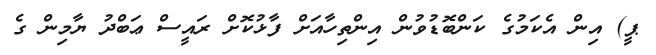
ޕީ) އިން އެކަމުގެ ކަންބޮޑުވުން އިންތިހާއަށް ފާޅުކޮށް ރައީސް ޢަބްދު ޔާމިން ގެ